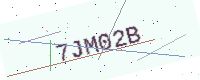
Text: 7JM02B